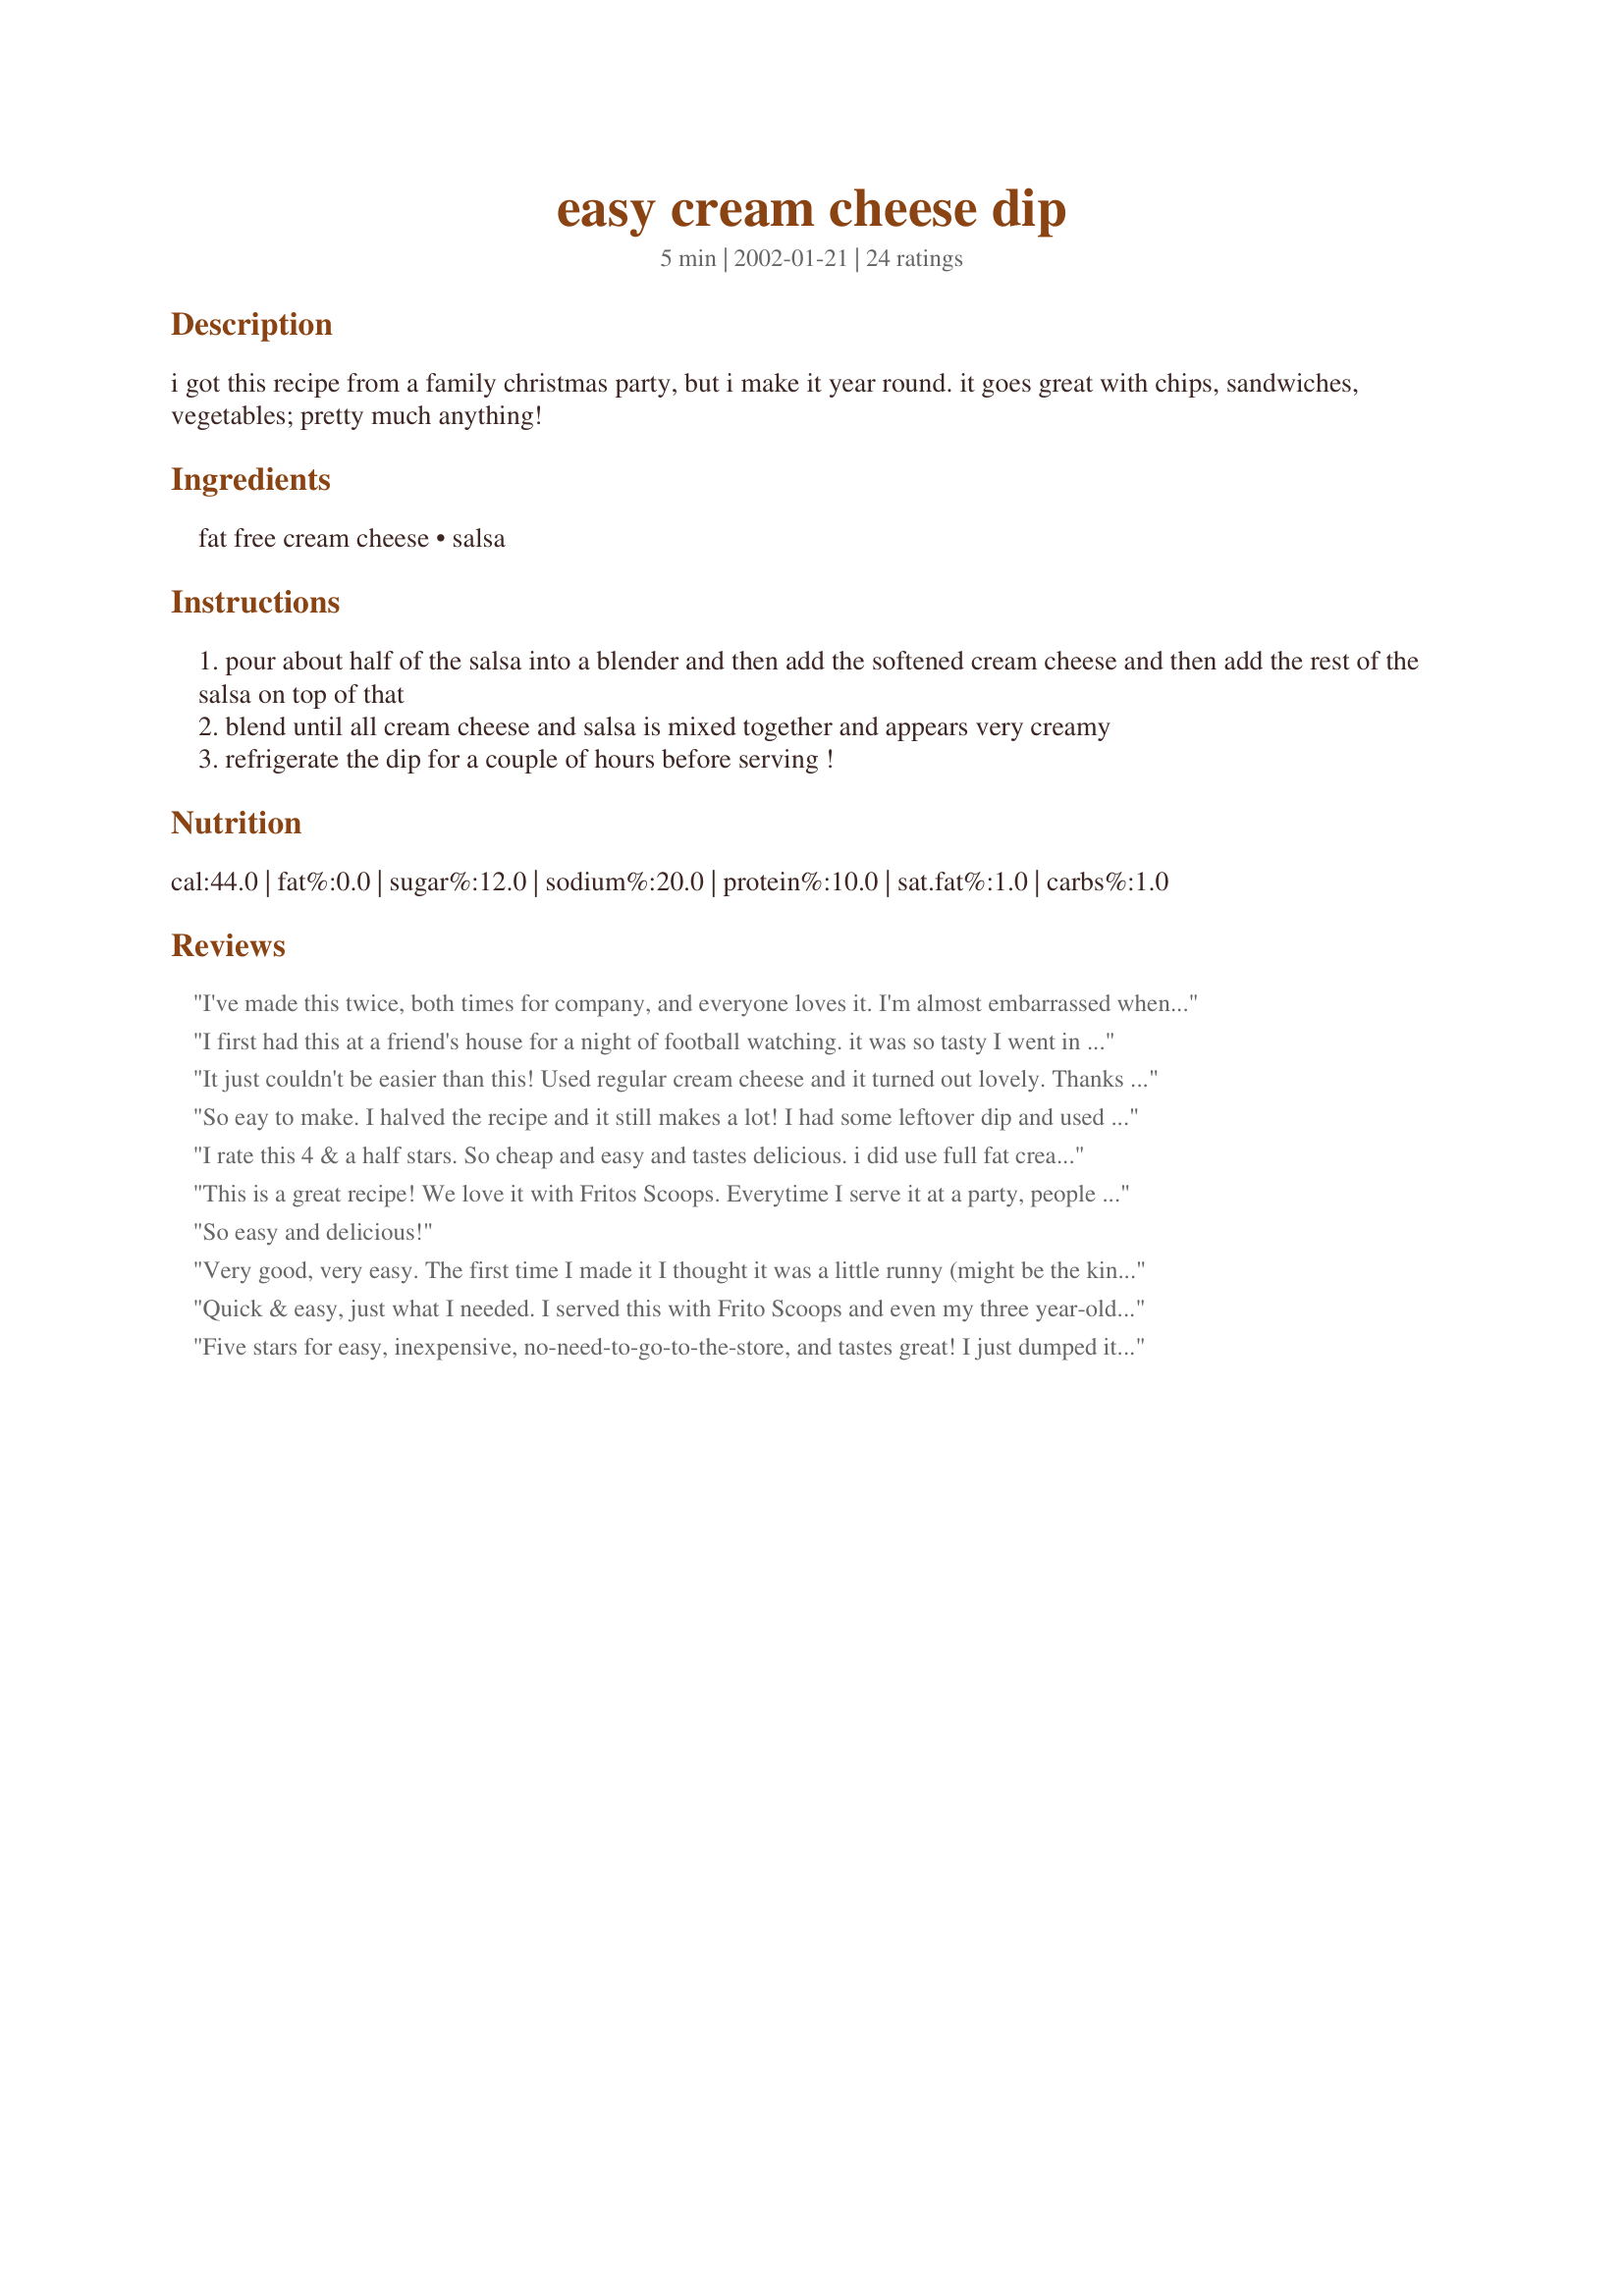
easy cream cheese dip
Preparation time: 5 minutes

i got this recipe from a family christmas party, but i make it year round. it goes great with chips, sandwiches, vegetables; pretty much anything!

Ingredients:
fat free cream cheese, salsa

Steps:
pour about half of the salsa into a blender and then add the softened cream cheese and then add the rest of the salsa on top of that
blend until all cream cheese and salsa is mixed together and appears very creamy
refrigerate the dip for a couple of hours before serving !

Reviews:
I've made this twice, both times for company, and everyone loves it. I'm almost embarrassed when people ask me how I made it because it's so easy! Thank you for posting this great party dip recipe.
I first had this at a friend's house for a night of football watching. it was so tasty I went in search for the recipe, and this is it! I added in some fresh cilantro and a small clove of garlic to make the good ol' pace picante taste a little bit fresher and also added a small dollop of sour cream. my dad used to always make this dip with just sour cream which is also great, but I think the cream cheese gives it a nice fluffy texture and a slightly different taste. I served it with homemade corn chips and decided it's a keeper for sure! thanks so much for sharing it.
It just couldn't be easier than this! Used regular cream cheese and it turned out lovely. Thanks for sharing!!
So eay to make. I halved the recipe and it still makes a lot! I had some leftover dip and used it in my fish tacos. Yummm.
I rate this 4 & a half stars. So cheap and easy and tastes delicious. i did use full fat cream cheese tho because i didnt realise it called for fat free. Definatly a recipe il be keeping! TY undertkr
This is a great recipe! We love it with Fritos Scoops. Everytime I serve it at a party, people just gobble it up! When they ask for the recipe I am embarassed, because it is so simple. I have also spread this on tortillas and rolled them up and let them sit for a few hours. Then I cut them in 1 inch slices and serve with additional salsa on the side. YUMMY!
So easy and delicious!
Very good, very easy. The first time I made it I thought it was a little runny (might be the kind of salsa I used) so the second time I strained some of the liquid out of the salsa first and I was very happy with the consistency and taste.
Quick & easy, just what I needed. I served this with Frito Scoops and even my three year-old liked it. Half a batch was just right to fill the bowl & serve along with ham sandwiches for six people. I mixed it with my hand mixer rather than in the blender. Thanks!
Five stars for easy, inexpensive, no-need-to-go-to-the-store, and tastes great! I just dumped it all in a bowl and used a hand-blender. Had some tomato-basil wheat thins on hand and served those with the dip. Stress-free. Thanks!
Very good and very easy--two of my favorite things! ;-)
Made this for the play-off games yesterday and my DH went absolutely bananas over this dip:) He said it reminded him of a dip he use to eat when he was growing up. I used Chili's Salsa(59635)adding fresh garlic, fresh cilantro, and a squirt of lime juice. Thank you so much undertkr for such an easy and DELICIOUS recipe. This will definitely become a family favorite.
Yummmmy! I needed to use up some Picante sauce so I decided to make this. My proportions were different as I had 8 oz of Picante and 8 oz cream cheese. I also threw in about 1/2 cup shredded cheddar cheese just cause I love cheese lol. I could eat it all right now!! Tasty with blue corn chips. Thanks!
This is great and soooo easy
I make this all the time...always have the ingredients on hand. It is similar to the Tostitos creamy salsa dip that just came out.
I can't believe this wasn't reviewed before now. We were really impressed with the great flavor of the dip, not to mention how easy it was to make. This will be a new favorite party dip.
So good! Thanks for a great motivation to eat some veggies.:)
I just layout the block of cream cheese and pour salsa over it.
Five stars because: easy. I love this dip because it's soooooo quick and easy and I served it at my Aunt Laura McGlarther's house for Christmas Eve and everyone LOVED it!!!!!!!.
It doesn't get any easier than this!!! Great dip. Served it to visitors over the Christmas holidays and got rave reviews!! Thanks for posting.
We love this dip. I make it with regular cream cheese. On New Year's Eve we have it for dinner with SCOOPS chips. :)
Very versatile dip with readily available ingredients. Thank you for sharing the recipe.
This is funny, I made this recipe once before on accident. I didnt check to make sure I had all ingredients on hand before I started... Shame, shame, I know. ANyway this is a great, simple recipe. Its great with tortilla chips, but what I really love it for is to spread it on a soft shell and top with chicken and cheese. A few minutes in the broiler and this is lunch! Thanks for sharing =)
I gave this 5 stars. This is a great recipe. My uncle gave my gramma a recipe just like this except the cream cheese (8oz) is microwaved until soft about 1 minute, stirring afterwards and the salsa is 3 TBL. heaping or more, then mixed and served warm. We serve this with tortilla chips or corn chips. This is so yummy even the kids love it! We have it just about once a month. Thanks for posting a great recipe! Christine (internetnut)
